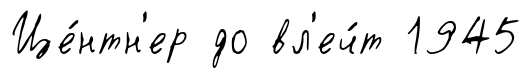
Це́нтн'ер до вл'еч́т 1945